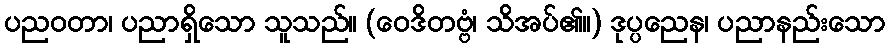
ပညဝတာ၊ ပညာရှိသော သူသည်။ (ဝေဒိတဗ္ဗံ၊ သိအပ်၏။) ဒုပ္ပညေန၊ ပညာနည်းသော